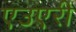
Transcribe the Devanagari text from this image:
एउएरी